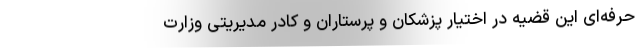
حرفه‌ای این قضیه در اختیار پزشکان و پرستاران و کادر مدیریتی وزارت